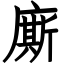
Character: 廝